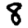
Digit: 8